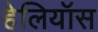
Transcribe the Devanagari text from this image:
हेलियॉस